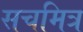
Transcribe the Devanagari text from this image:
सचमित्र